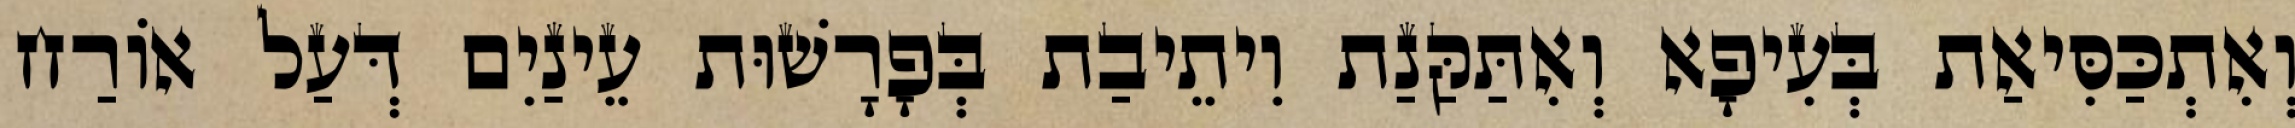
וְאִתְכַּסִּיאַת בְּעִיפָא וְאִתַּקַּנַת וִיתֵיבַת בְּפָרָשׁוּת עֵינַיִם דְּעַל אוֹרַח